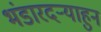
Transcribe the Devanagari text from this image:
भंडारदऱ्याहुन